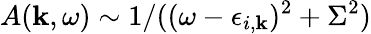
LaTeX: A(\textbf{k},\omega)\sim 1/((\omega-\epsilon_{i,\textbf{k}})^{2}+\Sigma^{2})